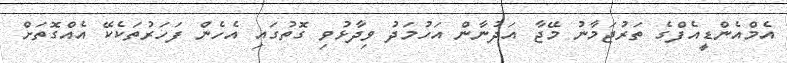
އެމްއެންޑީއެފްގެ ތަރުޖަމާނު މޭޖާ އަދުނާން އަހުމަދު ވިދާޅުވި ގޮތުގައި އެހެން ފަހަރުތަކެކޭ އެއްގޮތަށް